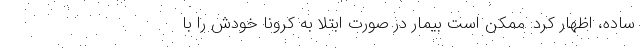
ساده، اظهار کرد: ممکن است بیمار در صورت ابتلا به کرونا خودش را با